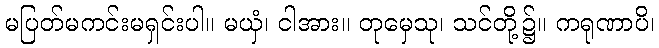
မပြတ်မကင်းမရှင်းပါ။ မယှံ၊ ငါအား။ တုမှေသု၊ သင်တို့၌။ ကရုဏာပိ၊